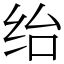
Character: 绐